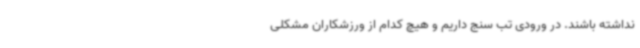
نداشته باشند. در ورودی تب سنج داریم و هیچ کدام از ورزشکاران مشکلی